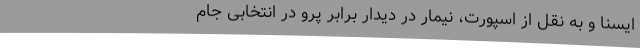
ایسنا و به نقل از اسپورت، نیمار در دیدار برابر پرو در انتخابی جام